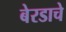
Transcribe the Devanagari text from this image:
बेरडाचे